Leaving Certificate Examination (including Day School Certificate (Higher) General paper), 1936
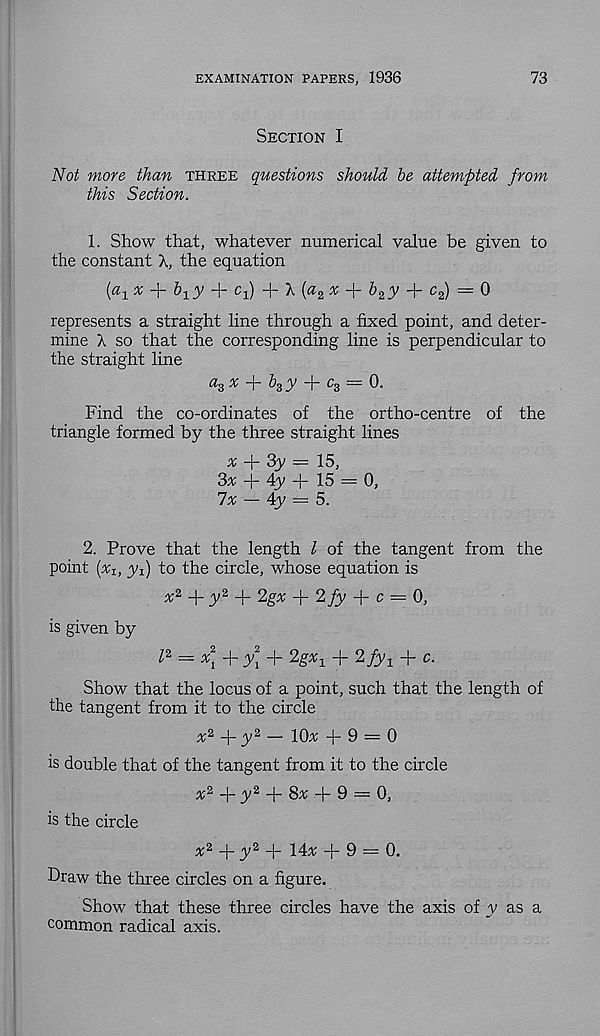
EXAMINATION PAPERS, 1936
73
Section I
Not more than three questions should be attempted from
this Section.
1. Show that, whatever numerical value be given to
the constant X, the equation
[a 1 x-\-b 1 y + cp + 1 {a 2 x + b 2 y + c 2 ) = 0
represents a straight line through a fixed point, and deter-
mine X so that the corresponding line is perpendicular to
the straight line
a 3 x + b s y + c 3 := 0.
Find the co-ordinates of the ortho-centre of the
triangle formed by the three straight lines
x
3y = 15,
3# + 4y + 15 = 0,
7x — 4y = 5.
2. Prove that the length l of the tangent from the
point (x I: yfj to the circle, whose equation is
%* + y* + Zgx + Zfy + c = 0,
is given by
= xj + y* + 2gx x + 2fy 1 + c.
Show that the locus of a point, such that the length of
the tangent from it to the circle
^2 _|_ ^y2 _ iq x -1-9 = 0
is double that of the tangent from it to the circle
+ 3 ;2 + 8x .+ 9 — 0,
is the circle
x 2
y 2
I4x -|- 9 = 0.
Draw the three circles on a figure.
Show that these three circles have the axis of y as a
common radical axis.